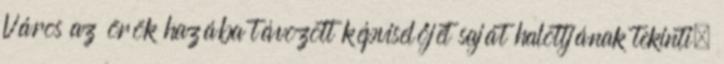
Város az örök hazába távozott képviselőjét saját halottjának tekinti,